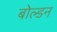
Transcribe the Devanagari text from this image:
बोल्डन